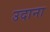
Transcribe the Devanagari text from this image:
उदाना